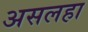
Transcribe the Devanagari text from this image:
असलहा